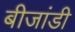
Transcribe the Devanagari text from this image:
बीजांडी